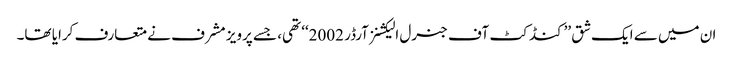
ان میں سے ایک شق ’’کنڈکٹ آف جنرل الیکشنز آرڈر 2002‘‘ تھی، جسے پرویز مشرف نے متعارف کرایا تھا۔